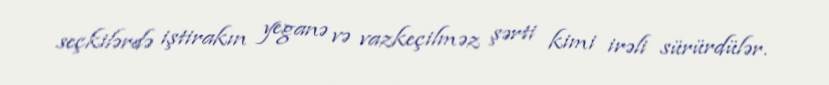
seçkilərdə iştirakın yeganə və vazkeçilməz şərti kimi irəli sürürdülər.